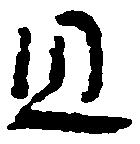
且